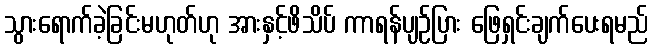
သွားရောက်ခဲ့ခြင်းမဟုတ်ဟု အားနှင့်ဖိသိပ် ကာရန်ပျဉ်ပြား ဖြေရှင်းချက်ပေးရမည်